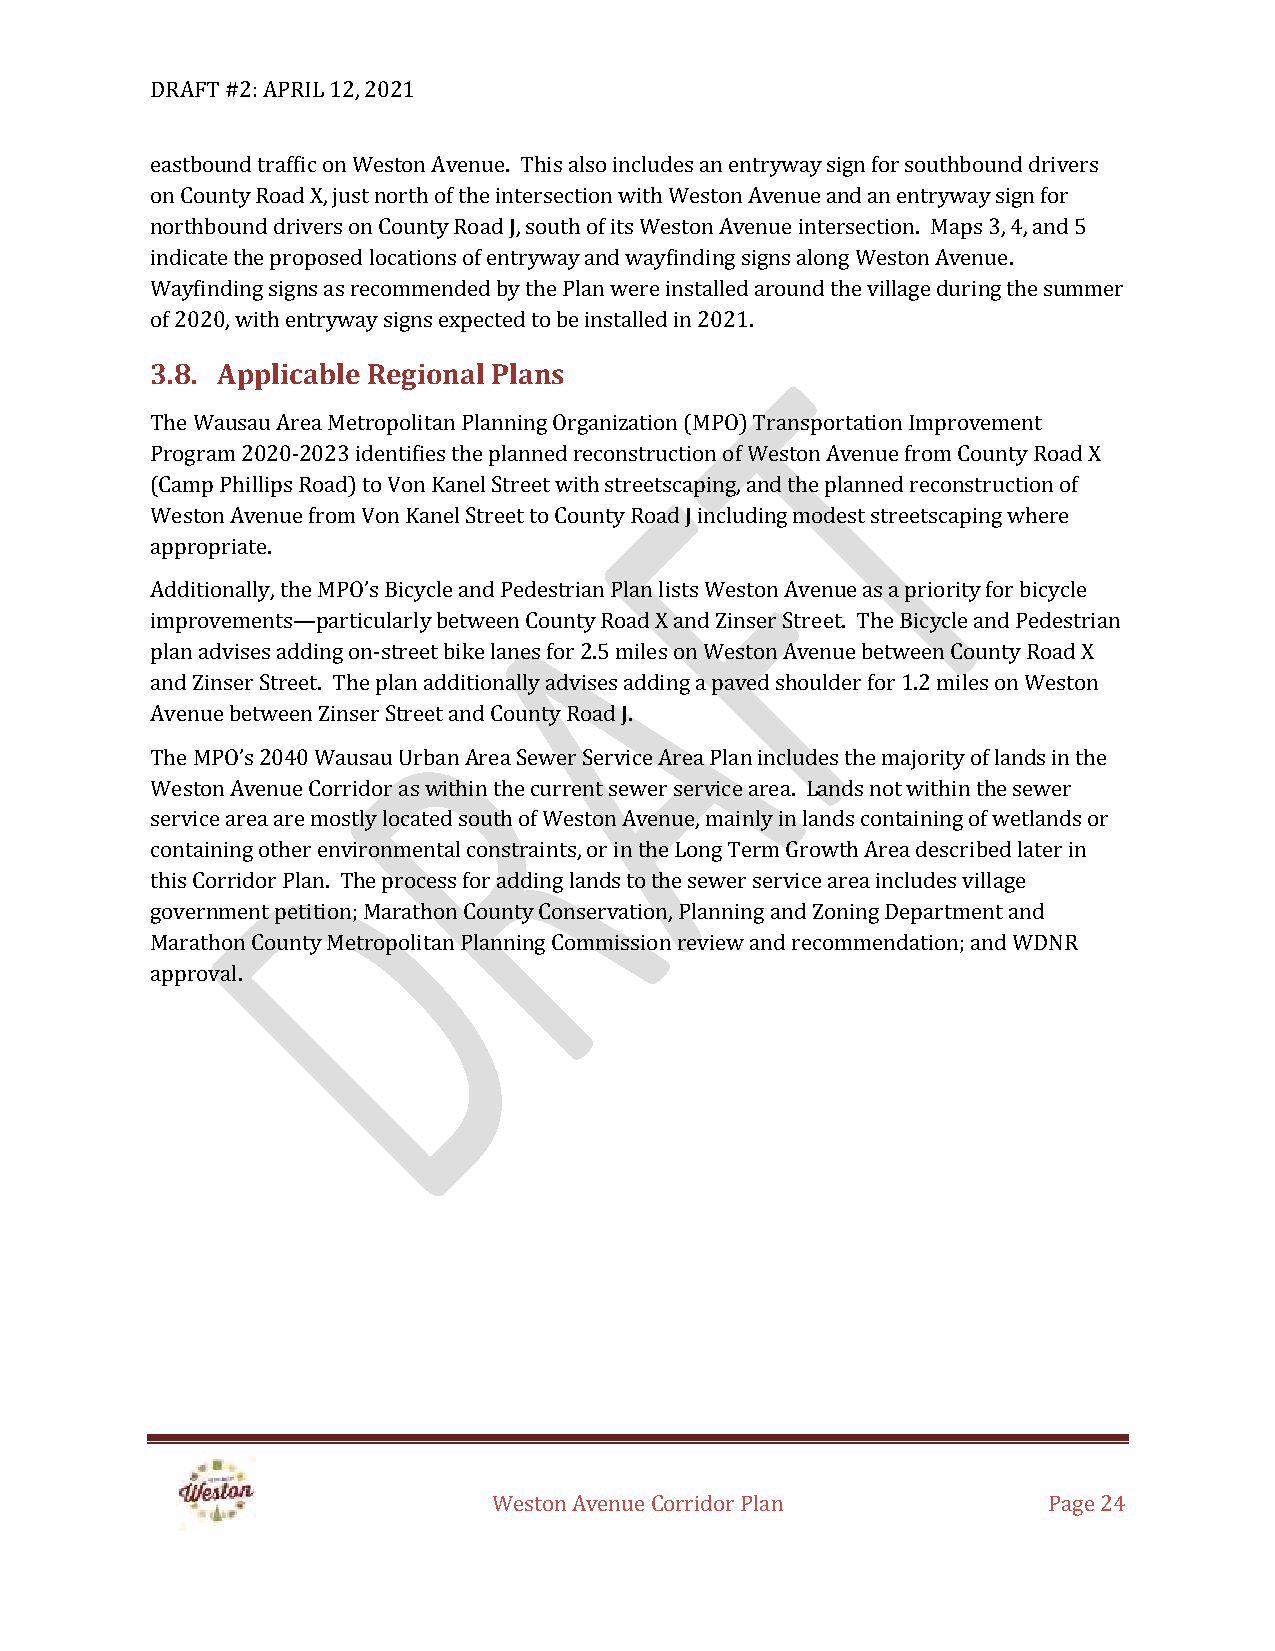
DRAFT #2: APRIL 12, 2021
 eastbound traffic on Weston Avenue. This also includes an entryway sign for southbound drivers
 on County Road X, just north of the intersection with Weston Avenue and an entryway sign for
 northbound drivers on County Road J, south of its Weston Avenue intersection. Maps 3, 4, and 5
 indicate the proposed locations of entryway and wayfinding signs along Weston Avenue.
 Wayfinding signs as recommended by the Plan were installed around the village during the summer
 of 2020, with entryway signs expected to be installed in 2021.
 3.8. Applicable Regional Plans
 The Wausau Area Metropolitan Planning Organization (MPO) Transportation Improvement
 Program 2020-2023 identifies the planned reconstruction of Weston Avenue from County Road X
 (Camp Phillips Road) to Von Kanel Street with streetscaping, and the planned reconstruction of
 Weston Avenue from Von Kanel Street to County Road J including modest streetscaping where
 appropriate.
 Additionally, the MPO’s Bicycle and Pedestrian Plan lists Weston Avenue as a priority for bicycle
 improvements—particularly between County Road X and Zinser Street. The Bicycle and Pedestrian
 plan advises adding on-street bike lanes for 2.5 miles on Weston Avenue between County Road X
 and Zinser Street. The plan additionally advises adding a paved shoulder for 1.2 miles on Weston
 Avenue between Zinser Street and County Road J.
 The MPO’s 2040 Wausau Urban Area Sewer Service Area Plan includes the majority of lands in the
 Weston Avenue Corridor as within the current sewer service area. Lands not within the sewer
 service area are mostly located south of Weston Avenue, mainly in lands containing of wetlands or
 containing other environmental constraints, or in the Long Term Growth Area described later in
 this Corridor Plan. The process for adding lands to the sewer service area includes village
 government petition; Marathon County Conservation, Planning and Zoning Department and
 Marathon County Metropolitan Planning Commission review and recommendation; and WDNR
 approval.
 Weston Avenue Corridor Plan         Page 24